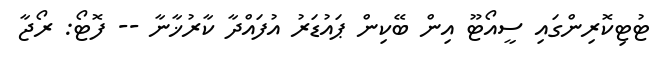
ޓުޓިކޮރިންގައި ސީއޯޓޫ އިން ބޭކިން ޕައުޑަރު އުފައްދާ ކާރުޚާނާ -- ފޮޓޯ: ރޯޖާ